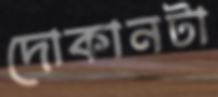
দোকানটা